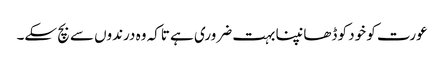
عورت کو خود کو ڈھانپنا بہت ضروری ہے تاکہ وہ درندوں سے بچ سکے۔